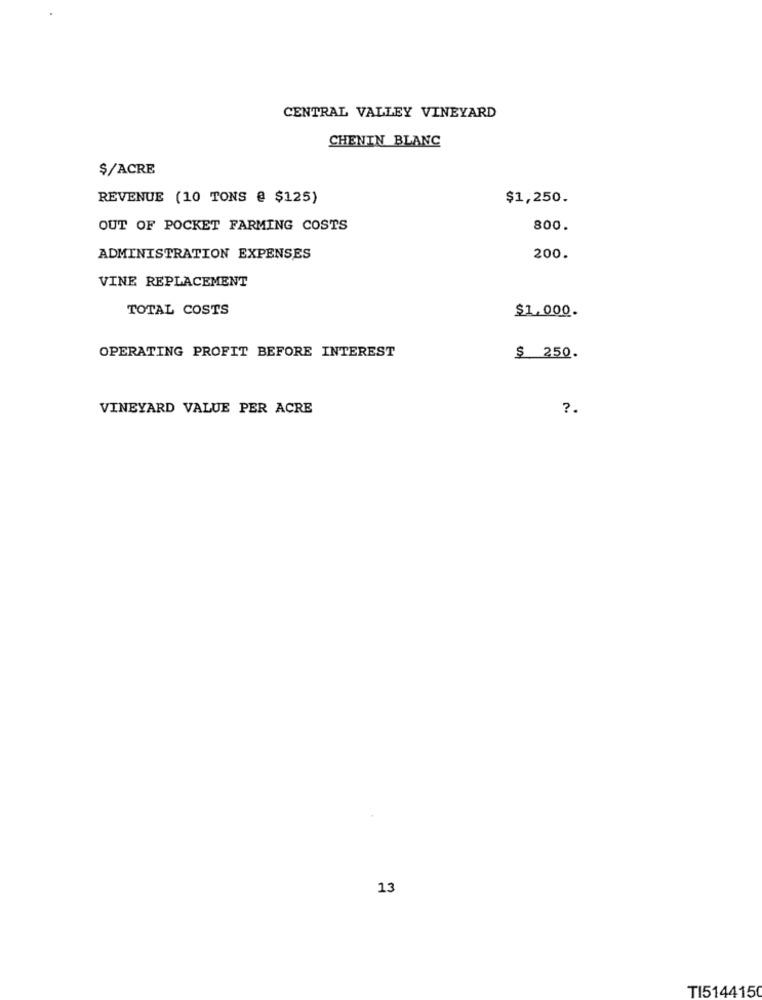
CENTRAL VALLEY VINEYARD
CHENIN BLANC
$/ACRE
REVENUE (10 TONS @ $125)
$1,250.
OUT OF POCKET FARMING COSTS
800.
ADMINISTRATION EXPENSES
200.
VINE REPLACEMENT
TOTAL COSTS
$1,000.
OPERATING PROFIT BEFORE INTEREST
$ 250.
VINEYARD VALUE PER ACRE
?.
13
TI5144150